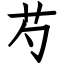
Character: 芍